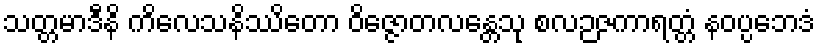
သတ္တမာဒီနိ ကိလေသနိဿိတော ဝိဇ္ဇောတလန္တေသု စလဉဇကာရတ္တံ နဝပ္ပဘေဒံ